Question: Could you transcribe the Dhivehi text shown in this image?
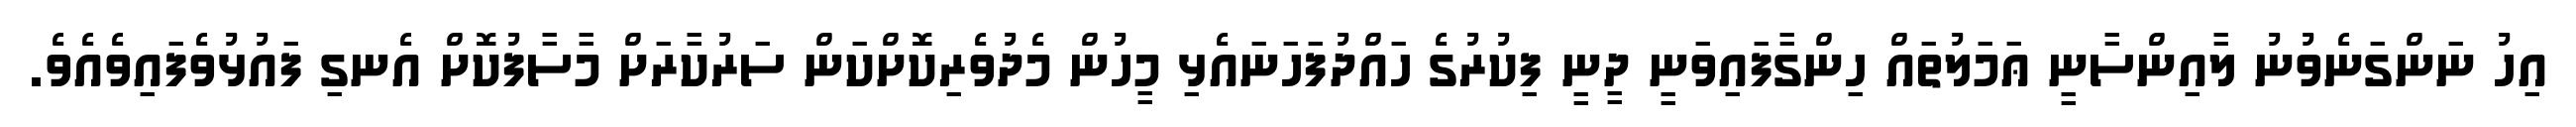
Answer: އިހު ނަންގަނެވުނު ލާއިންސާނީ ޢަމަލުތައް ހިންގާފައިވަނީ ދީނީ ފިކުރުގެ ހައްދުފަހަނައެޅި މީހުން މެދުވެރިކޮށްކަން ސަރުކާރަށް މާސާފުކޮށް އެނގި ފައުޅުވެފައިވެއެވެ.